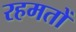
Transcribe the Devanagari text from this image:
रहमतों